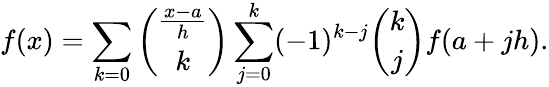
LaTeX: f(x)=\sum_{k=0}{\binom{\frac{x-a}{h}}{k}}\sum_{j=0}^{k}(-1)^{k-j}{\binom{k}{j}}f(a+jh).